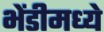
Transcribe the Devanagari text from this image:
भेंडीमध्ये